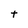
Character: t